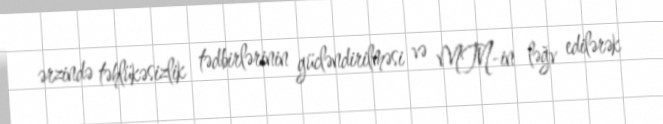
ərzində təhlükəsizlik tədbirlərinin gücləndirilməsi və MTN-in ləğv edilərək